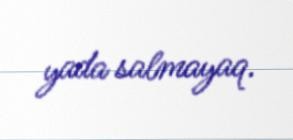
yada salmayaq.